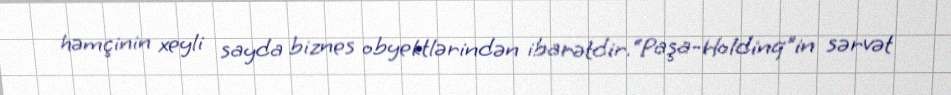
həmçinin xeyli sayda biznes obyektlərindən ibarətdir.“Paşa-Holdinq”in sərvət